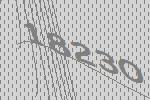
18230